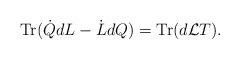
LaTeX: \begin{align*}{\rm Tr}(\dot{Q}dL-\dot{L}dQ)= {\rm Tr}(d{\cal L}T). \end{align*}